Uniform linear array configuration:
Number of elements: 24
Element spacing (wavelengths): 0.25
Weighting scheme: kaiser
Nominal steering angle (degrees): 0
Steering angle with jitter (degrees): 1.214
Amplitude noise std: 0.05
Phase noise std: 0.05

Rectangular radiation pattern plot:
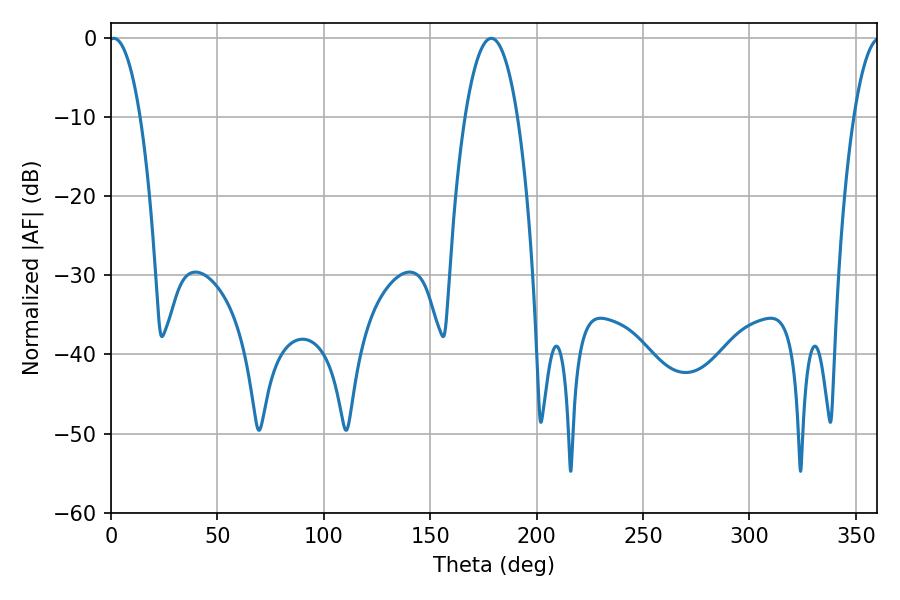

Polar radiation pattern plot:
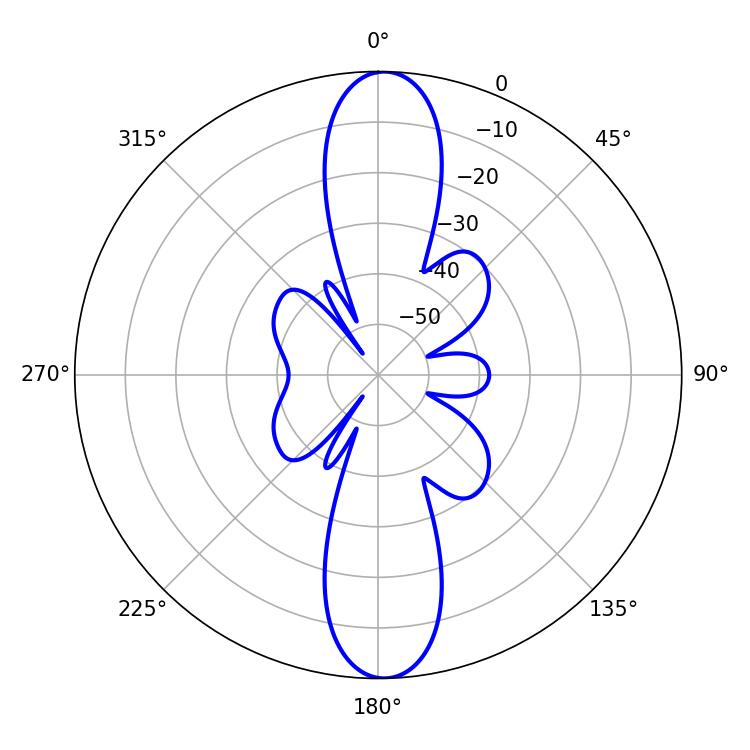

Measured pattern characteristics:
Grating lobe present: FALSE
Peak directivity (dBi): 22.163
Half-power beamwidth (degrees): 8.1
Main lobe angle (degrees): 1.26